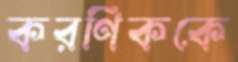
করণিককে